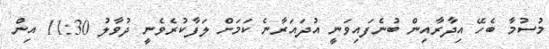
މުސުމާ ބެހޭ އިދާރާއިން ބުނެފައިވަނީ އުދައަރާނެ ކަމަށް ލަފާކުރެވެނީ ދުވާލު 11:30 އިން